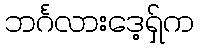
ဘင်္ဂလားဒေ့ရှ်က